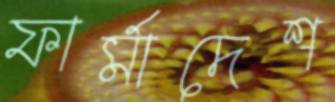
ফার্মাদেশ